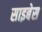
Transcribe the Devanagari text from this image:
साइबेस